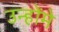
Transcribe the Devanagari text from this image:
उन्होंमे